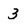
Character: 3